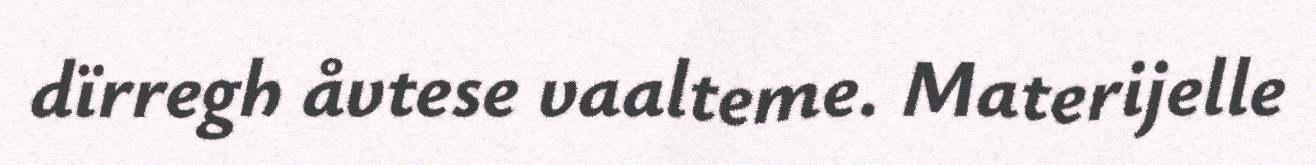
dïrregh åvtese vaalteme. Materijelle